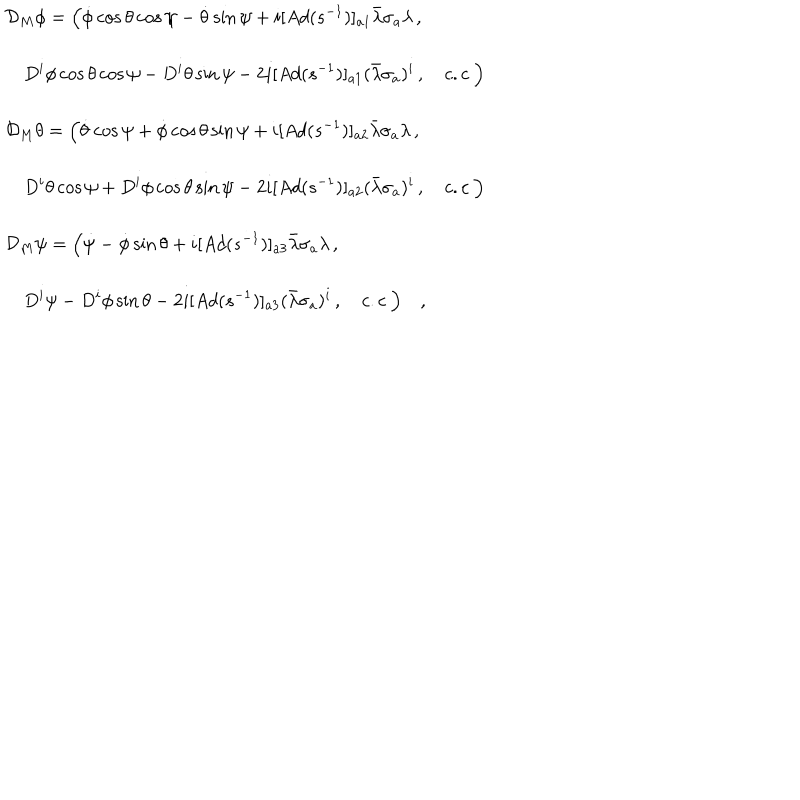
LaTeX: \begin{array} { l } { { \displaystyle { \cal D } _ { M } \phi = \Bigl ( \dot { \phi } \cos \theta \cos \psi - \dot { \theta } \sin \psi + i [ A d ( s ^ { - 1 } ) ] _ { a 1 } \bar { \lambda } \sigma _ { a } \lambda \, , } } \\ { { \displaystyle \quad D ^ { i } \phi \cos \theta \cos \psi - D ^ { i } \theta \sin \psi - 2 i [ A d ( s ^ { - 1 } ) ] _ { a 1 } ( \bar { \lambda } \sigma _ { a } ) ^ { i } \, , \quad c . c \ \Bigr ) } } \\ { { \displaystyle { \cal D } _ { M } \theta = \Bigl ( \dot { \theta } \cos \psi + \dot { \phi } \cos \theta \sin \psi + i [ A d ( s ^ { - 1 } ) ] _ { a 2 } \bar { \lambda } \sigma _ { a } \lambda \, , } } \\ { { \displaystyle \quad D ^ { i } \theta \cos \psi + D ^ { i } \phi \cos \theta \sin \psi - 2 i [ A d ( s ^ { - 1 } ) ] _ { a 2 } ( \bar { \lambda } \sigma _ { a } ) ^ { i } \, , \quad c . c \ \Bigr ) } } \\ { { \displaystyle { \cal D } _ { M } \psi = \Bigl ( \dot { \psi } - \dot { \phi } \sin \theta + i [ A d ( s ^ { - 1 } ) ] _ { a 3 } \bar { \lambda } \sigma _ { a } \lambda \, , } } \\ { { \displaystyle \quad D ^ { i } \psi - D ^ { i } \phi \sin \theta - 2 i [ A d ( s ^ { - 1 } ) ] _ { a 3 } ( \bar { \lambda } \sigma _ { a } ) ^ { i } \, , \quad c . c \ \Bigr ) \quad , } } \\ \end{array}